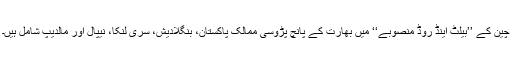
چین کے ’’بیلٹ اینڈ روڈ منصوبے‘‘ میں بھارت کے پانچ پڑوسی ممالک پاکستان، بنگلادیش، سری لنکا، نیپال اور مالدیپ شامل ہیں۔